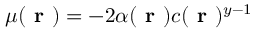
\mu ( \textbf { r } ) = - 2 \alpha ( \textbf { r } ) c ( \textbf { r } ) ^ { y - 1 }